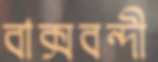
বাক্সবন্দী